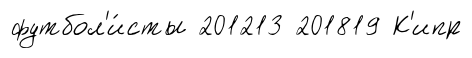
футбол'и́сты 201213 201819 К'ипр